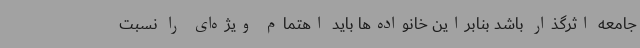
جامعه اثرگذار باشد بنابراین خانواده‌ها باید اهتمام ویژه‌ای را نسبت